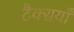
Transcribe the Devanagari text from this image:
टैक्सयाँ